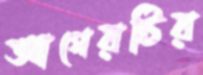
আগেরটির